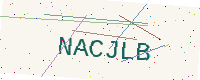
Text: NACJLB